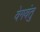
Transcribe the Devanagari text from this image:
वेगवंतु